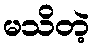
မသိတဲ့